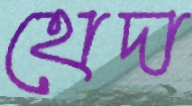
হোদা